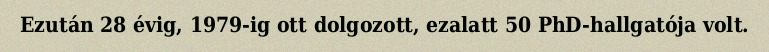
Ezután 28 évig, 1979-ig ott dolgozott, ezalatt 50 PhD-hallgatója volt.